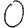
Digit: 0